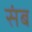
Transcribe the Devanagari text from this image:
संब